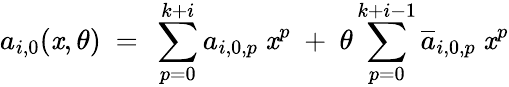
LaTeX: a_{i,0}(\mathit{x},\theta)\ =\ \sum_{p=0}^{k+i}a_{i,0,p}\ \mathit{x}^{p}\ +\ \theta\sum_{p=0}^{k+i-1}\overline{{{{a}}}}_{i,0,p}\ \mathit{x}^{p}